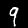
Label: 9